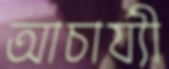
আচার্য্যী